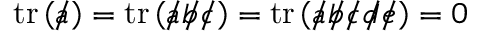
\operatorname { t r } \left( { a \! \! \! / } \right) = \operatorname { t r } \left( { a \! \! \! / } { b \! \! \! / } { c \! \! \! / } \right) = \operatorname { t r } \left( { a \! \! \! / } { b \! \! \! / } { c \! \! \! / } { d \! \! \! / } { e \! \! \! / } \right) = 0